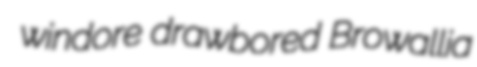
windore drawbored Browallia